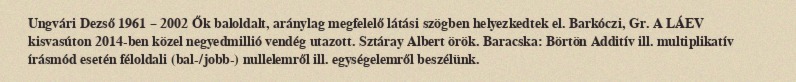
Ungvári Dezső 1961 – 2002 Ők baloldalt, aránylag megfelelő látási szögben helyezkedtek el. Barkóczi, Gr. A LÁEV kisvasúton 2014-ben közel negyedmillió vendég utazott. Sztáray Albert örök. Baracska: Börtön Additív ill. multiplikatív írásmód esetén féloldali (bal-/jobb-) nullelemről ill. egységelemről beszélünk.